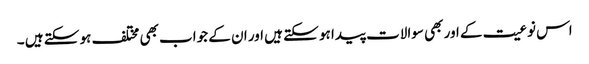
اس نوعیت کے اور بھی سوالات پیدا ہو سکتے ہیں اور ان کے جواب بھی مختلف ہو سکتے ہیں ۔